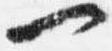
一